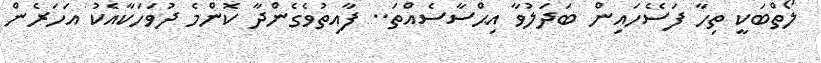
ލޯތްބަކީ ތިހާ ފަސޭހައިން ބަދަލުވާ އިޙްސާސެއްތަ.. ފާއިތުވެގެންދާ ކޮންމެ ދުވަހަކާއެކު އަހަރެން